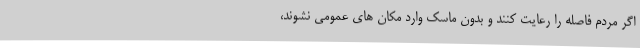
اگر مردم فاصله را رعایت کنند و بدون ماسک وارد مکان های عمومی نشوند،